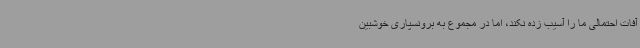
آفات احتمالی ما را آسیب زده نکند، اما در مجموع به برونسپاری خوشبین